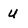
Character: U